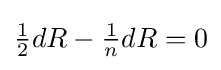
\textstyle {\frac {1}{2}}dR-{\frac {1}{n}}dR=0